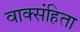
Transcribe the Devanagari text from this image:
वाक्संहिता